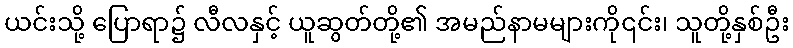
ယင်းသို့ ပြောရာ၌ လီလနှင့် ယူဆွတ်တို့၏ အမည်နာမများကို၎င်း၊ သူတို့နှစ်ဦး